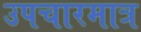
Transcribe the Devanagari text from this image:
उपचारमात्र